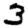
Digit: 3